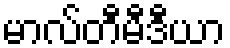
မာလ်တီမီဒီယာ